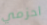
احزمي